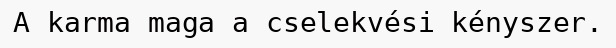
A karma maga a cselekvési kényszer.